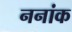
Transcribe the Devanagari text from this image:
ननांक